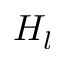
H _ { l }